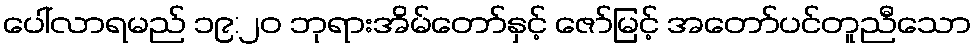
ပေါ်လာရမည် ၁၉:၂၀ ဘုရားအိမ်တော်နှင့် ဇော်မြင့် အတော်ပင်တူညီသော